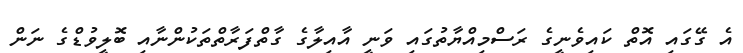
އެ ގޭގައި އޮތް ކައިވެނީގެ ރަސްމިއްޔާތުގައި ވަނީ އާއިލާގެ ގާތްފަރާތްތަކުންނާއި ބޮލީވުޑްގެ ނަން